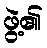
ဖွဲ့၏